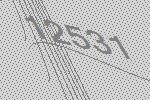
12531